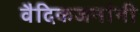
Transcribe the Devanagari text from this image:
वैदिकजनांनी